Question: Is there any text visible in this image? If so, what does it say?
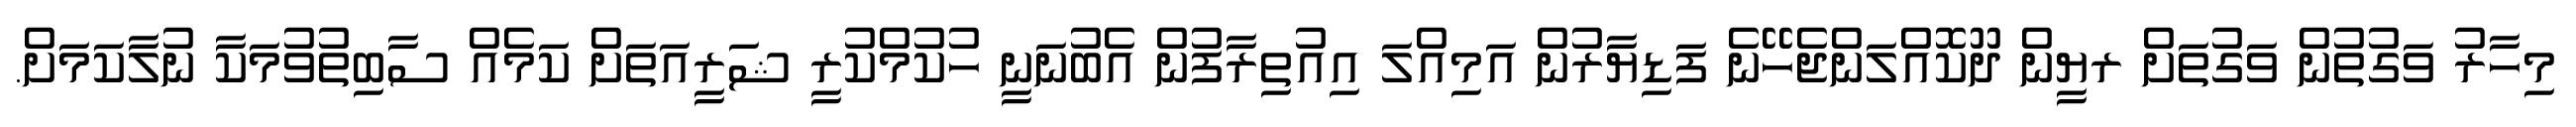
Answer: މިހާރު ވަގުތުން ވަގުތަށް ރޔީން ދޫކޮއްލަންޖެހޭނެ ފަޑިޔާރުން އަމިއްލަ އިއުތިރާފުން އެބުނަނީ ހުކުމްކުރީ ޝަރީއަތަށް ކަމެއް ސާބިތުވުމަކާ ނުލާކަމަށް.